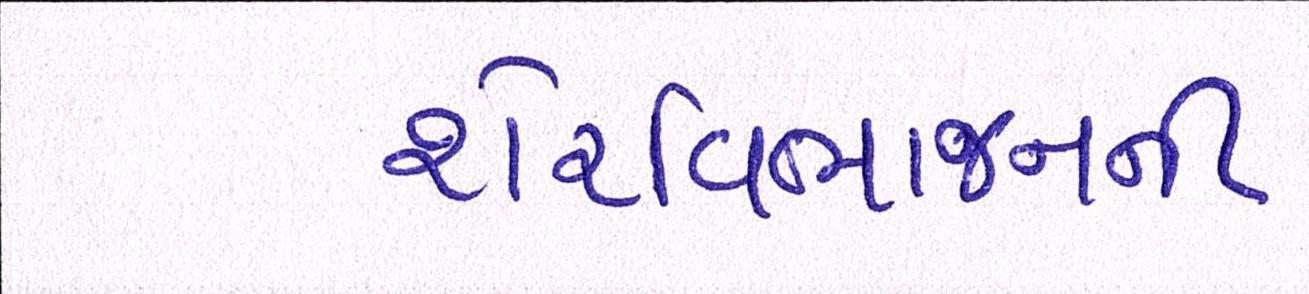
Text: શેરવિભાજનની